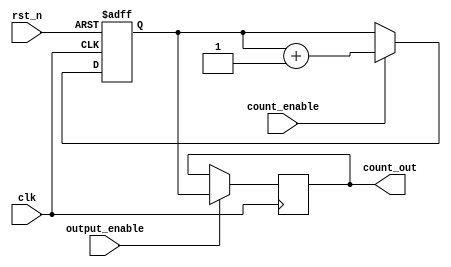
module synchronous_counter (
    input wire clk,               // Clock input
    input wire rst_n,             // Asynchronous active-low reset
    input wire count_enable,       // Count enable signal
    input wire output_enable,      // Output enable signal
    output reg [3:0] count_out     // 4-bit counter output
);

    // Internal state register for the counter
    reg [3:0] counter_state;

    // Asynchronous reset and counting logic
    always @(posedge clk or negedge rst_n) begin
        if (!rst_n) begin
            // Asynchronous reset to zero
            counter_state <= 4'b0000;
        end else if (count_enable) begin
            // Increment counter state on clock edge if counting is enabled
            counter_state <= counter_state + 1;
        end
    end

    // Output control logic
    always @(posedge clk) begin
        if (output_enable) begin
            // Pass current counter state to output if output is enabled
            count_out <= counter_state;
        end else begin
            // Hold the last valid output (could also set to zero if desired)
            count_out <= count_out; // This line is optional; it holds the last valid value
        end
    end

endmodule